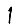
Digit: 1